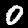
Digit: 0